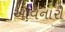
આવનારી